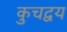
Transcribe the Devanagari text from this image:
कुचद्वय